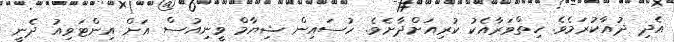
އެދި ދުއާކުރަމެވެ. ހިތްވަރާއެކު ކުރިއަށްދާށެެވެ. ހުސައިން ޝިޔާމް ވީނިއުސް އަށް އިންޓަވިއު ދެނީ